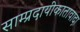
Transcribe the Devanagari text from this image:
साम्प्रदायीकातावादा